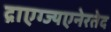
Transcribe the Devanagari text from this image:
द्राएग्ज्यएनेरतेद